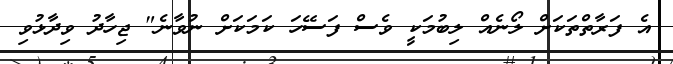
އެ ފަރާތްތަކަށް ލޯނެއް ލިބުމަކީ ވެސް ފަސޭހަ ކަމަކަށް ނުވާނެ" ޖިހާދު ވިދާޅުވި